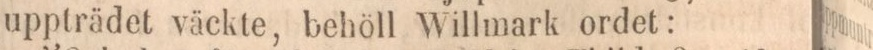
uppträdet väckte, behöll Willmark ordet: